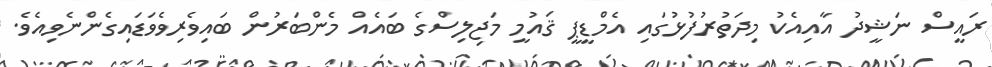
ރައީސް ނަޝީދު އާއިއެކު މިދަތުރުފުޅުގައި އެމްޑީޕީ ޤައުމީ މަޖިލިސްގެ ބައެއް މެންބަރުން ބައިވެރިވެވަޑައިގެންނެވިއެވެ.